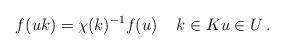
LaTeX: \begin{align*}f(uk)=\chi (k)^{-1}f (u)\quad\,k\in K u\in U\, .\end{align*}